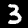
Label: 3